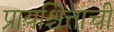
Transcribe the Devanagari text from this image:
प्रायश्चित्ताची